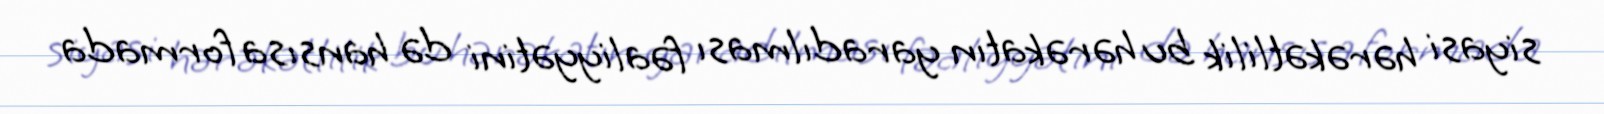
siyasi hərəkətlilik bu hərəkatın yaradılması fəaliyyətini də hansısa formada